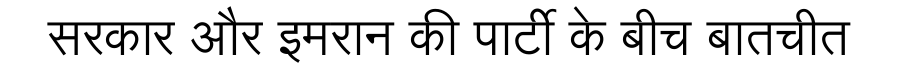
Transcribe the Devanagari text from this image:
सरकार और इमरान की पार्टी के बीच बातचीत